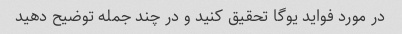
در مورد فواید یوگا تحقیق کنید و در چند جمله توضیح دهید